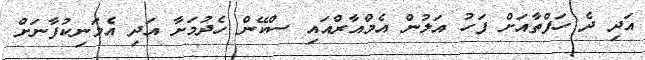
އަދި ދެ ހަފްތާއަށް ފަހު އަލުން އެމްއާރްއައި ސްކޭން ހެދުމަށާ އަދި އެމަނިކުފާނަށް